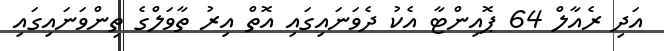
އަދި ރެއާލް 64 ޕޮއިންޓާ އެކު ދެވަނައިގައި އޮތް އިރު ތާވަލްގެ ތިންވަނައިގައި